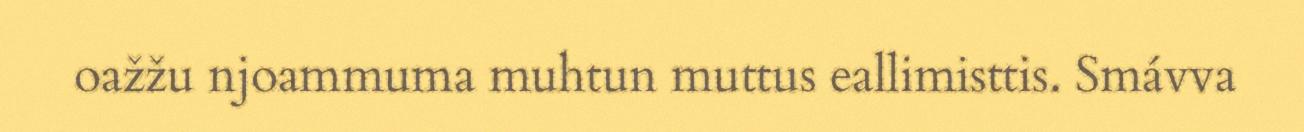
oažžu njoammuma muhtun muttus eallimisttis. Smávva